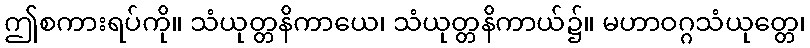
ဤစကားရပ်ကို။ သံယုတ္တနိကာယေ၊ သံယုတ္တနိကာယ်၌။ မဟာဝဂ္ဂသံယုတ္တေ၊